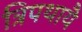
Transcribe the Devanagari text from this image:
त्रिपथायै